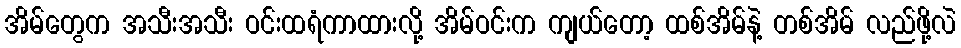
အိမ်တွေက အသီးအသီး ဝင်းထရံကာထားလို့ အိမ်ဝင်းက ကျယ်တော့ ထစ်အိမ်နဲ့ တစ်အိမ် လည်ဖို့လဲ